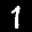
Label: 1